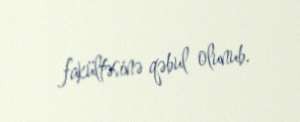
fakültəsinə qəbul olunub.